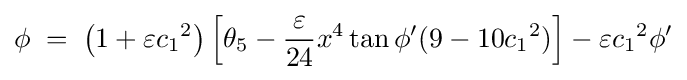
\phi \;=\;\left(1+\varepsilon {c_{1}}^{2}\right)\left[\theta _{5}-{\frac {\varepsilon }{24}}x^{4}\tan \phi '(9-10{c_{1}}^{2})\right]-\varepsilon {c_{1}}^{2}\phi '